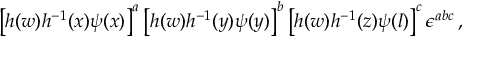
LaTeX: \left[ h ( w ) h ^ { - 1 } ( x ) \psi ( x ) \right] ^ { a } \left[ h ( w ) h ^ { - 1 } ( y ) \psi ( y ) \right] ^ { b } \left[ h ( w ) h ^ { - 1 } ( z ) \psi ( l ) \right] ^ { c } \epsilon ^ { a b c } \, ,